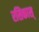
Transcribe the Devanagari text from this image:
रसिकास्